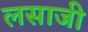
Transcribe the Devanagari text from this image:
लसाजी